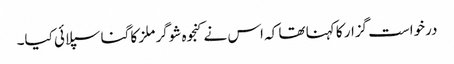
درخواست گزار کا کہنا تھا کہ اس نے کنجوہ شوگر ملز کا گنا سپلائی کیا۔